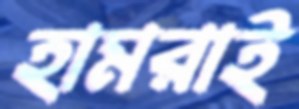
হামরাই